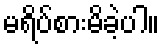
မရိပ်စားမိခဲ့ပါ။